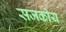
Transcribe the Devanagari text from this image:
सजकीय